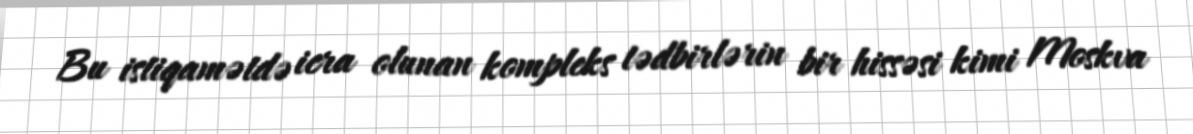
Bu istiqamətdə icra olunan kompleks tədbirlərin bir hissəsi kimi Moskva